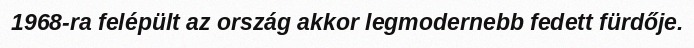
1968-ra felépült az ország akkor legmodernebb fedett fürdője.